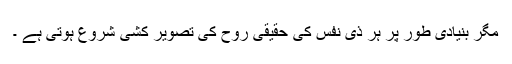
مگر بنیادی طور پر ہر ذی نفس کی حقیقی روح کی تصویر کشی شروع ہوتی ہے ۔